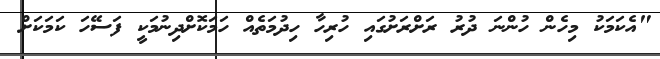
"އެކަމަކު މިހެން ހުންނަ ދުރު ރަށްރަށުގައި ހުރިހާ ހިދުމަތެއް ހަމަކޮށްދިނުމަކީ ފަސޭހަ ކަމަކަށް